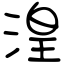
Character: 湟